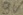
Text: 9v